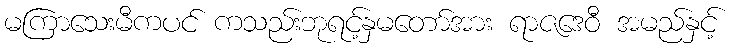
မကြာသေးမီကပင် ကသည်းဘုရင့်နှမတော်အား ရာဇဒေဝီ အမည်နှင့်